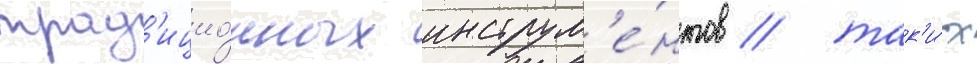
трад'ицио́нных инструм'е́нтов / так'и́х